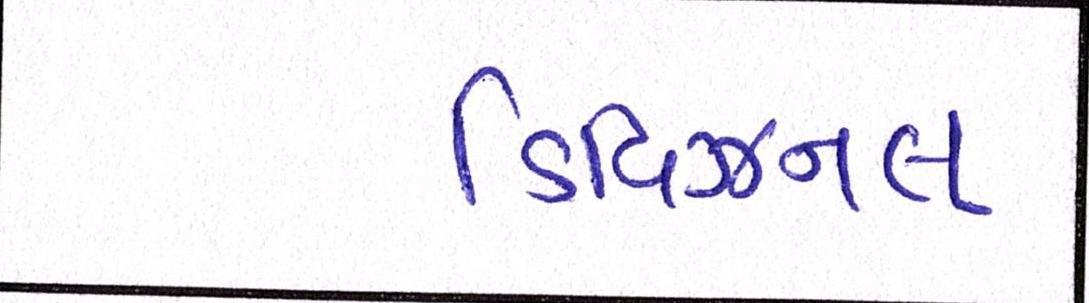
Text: ડિવિઝનલ